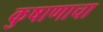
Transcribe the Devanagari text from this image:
कुषाणाचा